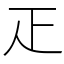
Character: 𤴓